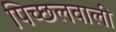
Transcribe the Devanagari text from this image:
पिच्छलवाली